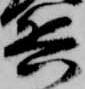
兵